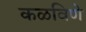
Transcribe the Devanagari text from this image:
कळविणे